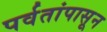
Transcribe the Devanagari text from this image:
पर्वतांपासून